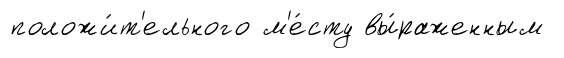
положи́т'ельного м'е́сту вы́раженным